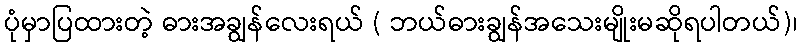
ပုံမှာပြထားတဲ့ ဓားအချွန်လေးရယ် ( ဘယ်ဓားချွန်အသေးမျိုးမဆိုရပါတယ်)၊